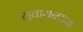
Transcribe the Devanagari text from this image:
सुतासारख्या